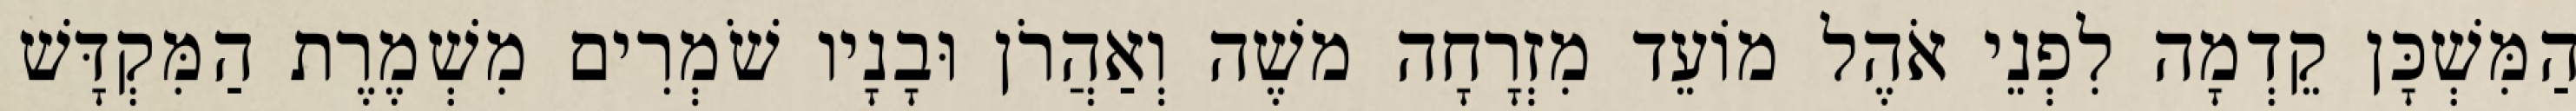
הַמִּשְׁכָּן קֵדְמָה לִפְנֵי אֹהֶל מוֹעֵד מִזְרָחָה משֶׁה וְאַהֲרֹן וּבָנָיו שֹׁמְרִים מִשְׁמֶרֶת הַמִּקְדָּשׁ